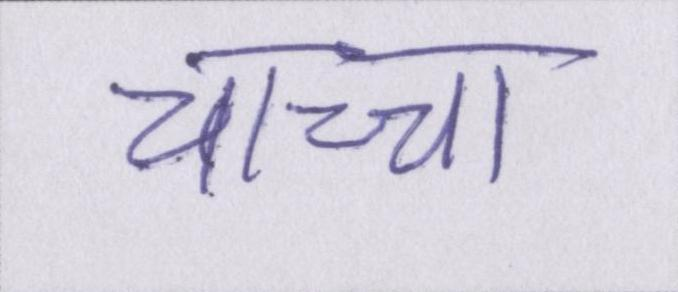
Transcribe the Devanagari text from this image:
चाच्चा